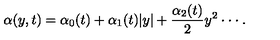
\alpha ( y , t ) = \alpha _ { 0 } ( t ) + \alpha _ { 1 } ( t ) \vert y \vert + \frac { \alpha _ { 2 } ( t ) } { 2 } y ^ { 2 } \cdot \cdot \cdot .